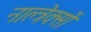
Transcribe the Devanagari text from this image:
नाल्त्रेक्सों